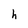
Character: h